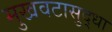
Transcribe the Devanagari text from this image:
मुखवटासुद्धा